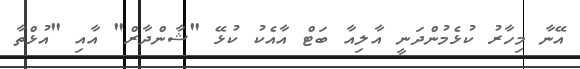
އޭނާ މިހާރު ކުޅެމުންދަނީ އާލިއާ ބަޓް އާއެކު ކުޅޭ "ޝާންދާރް" އާއި "އުޅްތާ